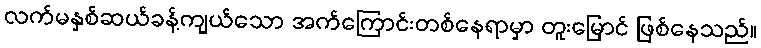
လက်မနှစ်ဆယ်ခန့်ကျယ်သော အက်ကြောင်းတစ်နေရာမှာ တူးမြောင် ဖြစ်နေသည်။